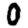
Digit: 0